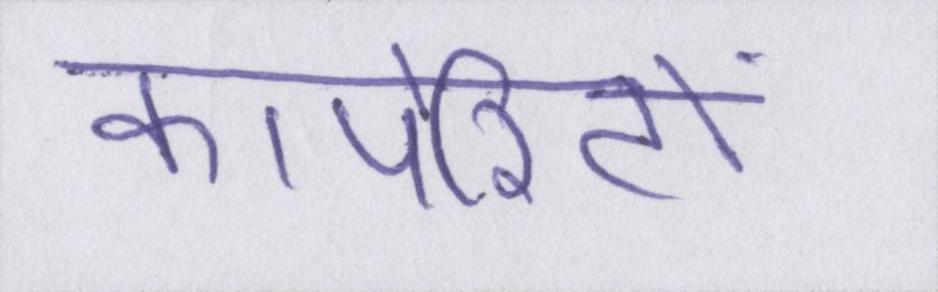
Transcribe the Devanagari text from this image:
कार्पोरेटों